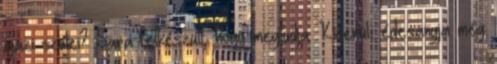
igazi szülei? Sara felkészült, hogy megtudja. Kiderül, édesanyja még